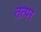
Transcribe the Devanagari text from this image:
तत्परं